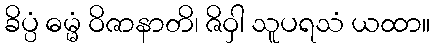
ခိပ္ပံ ဓမ္မံ ဝိဇာနာတိ၊ ဇိဝှါ သူပရသံ ယထာ။